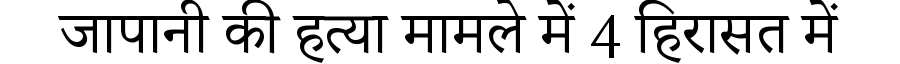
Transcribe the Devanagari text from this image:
जापानी की हत्या मामले में 4 हिरासत में